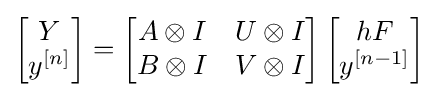
\left[{\begin{matrix}Y\\y^{[n]}\end{matrix}}\right]=\left[{\begin{matrix}A\otimes I&U\otimes I\\B\otimes I&V\otimes I\end{matrix}}\right]\left[{\begin{matrix}hF\\y^{[n-1]}\end{matrix}}\right]